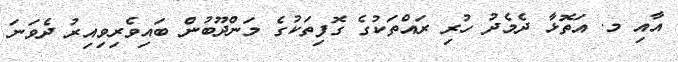
އާއި މ. އަތޮޅާ ދެމެދު ހުރި ރައްތަކުގެ ގޮފިތަކުގެ މަންދޫބުން ބައިވެރިވިއިރު ދެވަނަ